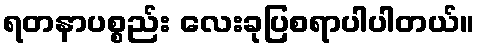
ရတနာပစ္စည်း လေးခုပြစရာပါပါတယ်။